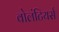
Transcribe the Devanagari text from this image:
वोलंटियर्स